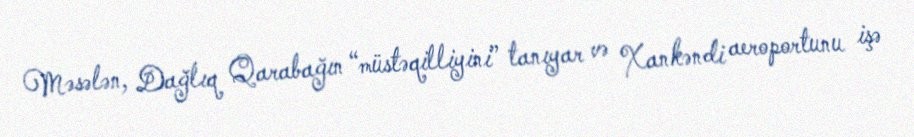
Məsələn, Dağlıq Qarabağın “müstəqilliyini” tanıyar və Xankəndi aeroportunu işə